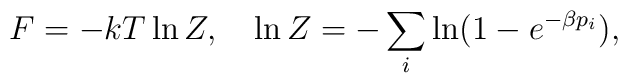
F=-kT\ln Z,\quad \ln Z=-\sum_i\ln(1-e^{-\beta p_i}),